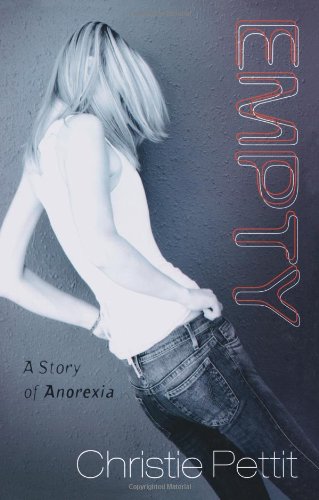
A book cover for Empty: A Story of Anorexia; Christie Pettit; Health, Fitness & Dieting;